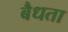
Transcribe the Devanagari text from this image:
बैधता